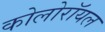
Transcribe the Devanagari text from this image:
कोलोरॉयल